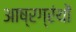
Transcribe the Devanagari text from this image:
आष्रग्रंथों